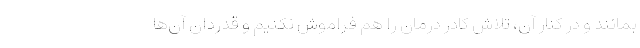
بمانند و در کنار آن، تلاش کادر درمان را هم فراموش نکنیم و قدردان آن‌ها